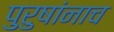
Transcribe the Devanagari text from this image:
पुरुषांनाच